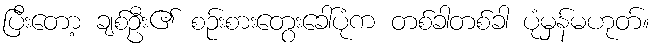
ပြီးတော့ ချစ်ဦး၏ စဉ်းစားတွေးခေါ်ပုံက တစ်ခါတစ်ခါ ပုံမှန်မဟုတ်။